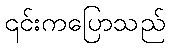
၎င်းကပြောသည်